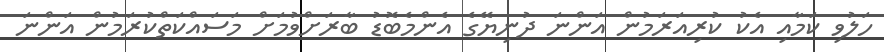
ހަލުވި ކަމާއި އެކު ކުރިއަރަމުން އަންނަ ދުނިޔޭގެ އެންމެބޮޑު ބާރަށްވުމަށް މަސައްކަތްކުރަމުން އަންނަ